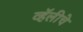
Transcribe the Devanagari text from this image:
व्हॅलीचे